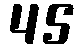
45